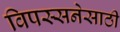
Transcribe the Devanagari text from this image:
विपस्सनेसाठी